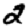
Digit: 2